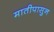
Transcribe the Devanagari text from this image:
मातीपासुन